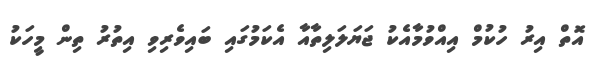
އޮތް އިރު ހުކުމް އިއްވުމާއެކު ޖަޔަލަލިތާއާ އެކަމުގައި ބައިވެރިވި އިތުރު ތިން މީހަކު